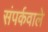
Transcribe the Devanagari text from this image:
संपर्कवाले